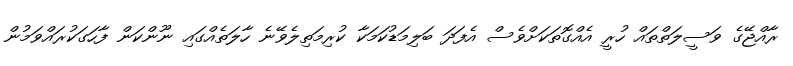
ރާއްޖޭގެ ވަސީލަތްތައް ހުރީ އެއްގޮތަކަށްވެސް އެފަދަ ބަލިމަޑުކަމަކާ ކުރިމަތިލެވޭނެ ހާލަތެއްގައި ނޫންކަން ފާހަގަކުރައްވަމުން